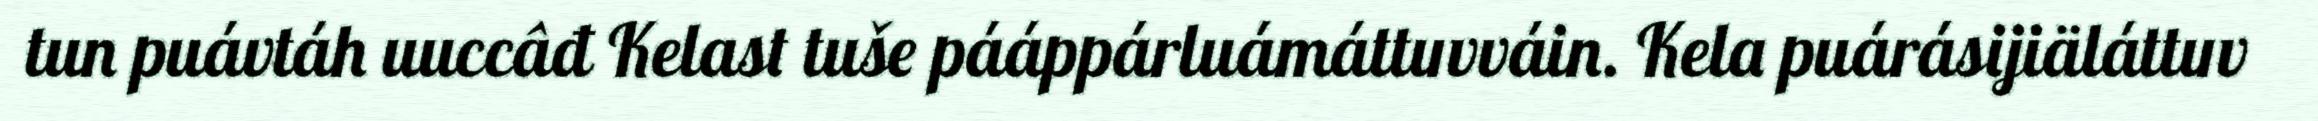
tun puávtáh uuccâđ Kelast tuše pááppárluámáttuvváin. Kela puárásijiäláttuv